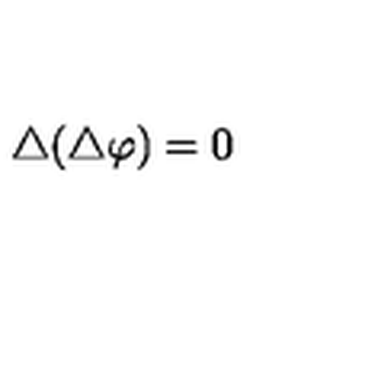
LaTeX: \bigtriangleup ( \bigtriangleup \varphi ) = 0